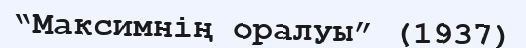
“Максимнің оралуы” (1937)